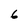
Character: 6